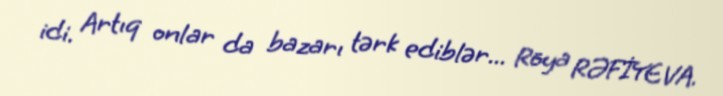
idi. Artıq onlar da bazarı tərk ediblər... Röya RƏFİYEVA.